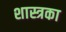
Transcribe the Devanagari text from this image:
शास्त्रका